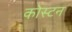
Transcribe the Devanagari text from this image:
कोस्टन